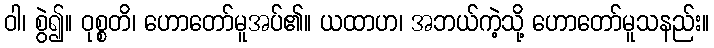
ဝါ၊ စွဲ၍။ ဝုစ္စတိ၊ ဟောတော်မူအပ်၏။ ယထာဟ၊ အဘယ်ကဲ့သို့ ဟောတော်မူသနည်း။